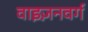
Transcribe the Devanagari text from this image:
वाइज़नवर्ग